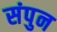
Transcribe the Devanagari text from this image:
संपुन